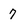
Character: 7